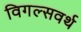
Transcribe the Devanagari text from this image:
विगल्सवर्थ